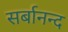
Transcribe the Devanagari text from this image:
सर्बानन्द